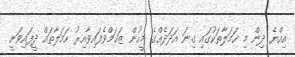
އިއްޔެ ދިން މި ހަމަލާތަކުގައި ގިނަ އަދަދެއްގެ މީހުން ޒަޚަމްވެފައިވާއިރު ހަމަލާތައް ދީފައިވަނީ